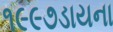
૧૯૯૭ડાયના